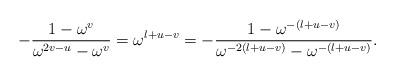
LaTeX: \begin{align*}-\frac{1-\omega^v}{\omega^{2v-u}-\omega^v}=\omega^{l+u-v}=-\frac{1-\omega^{-(l+u-v)}}{\omega^{-2(l+u-v)}-\omega^{-(l+u-v)}}.\end{align*}